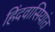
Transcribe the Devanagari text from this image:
हिंदवासियांत